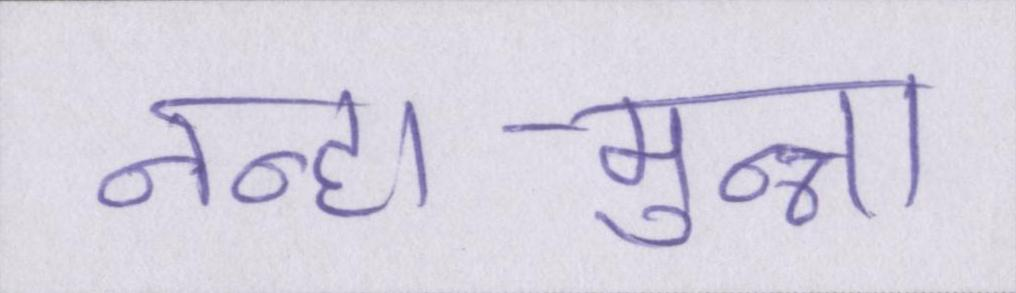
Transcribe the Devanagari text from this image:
नन्हा-मुन्ना